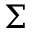
\Sigma